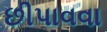
છીપાવવા